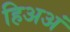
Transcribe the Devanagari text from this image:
हिअअं